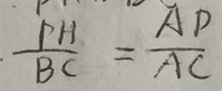
\frac { P H } { B C } = \frac { A D } { A C }